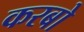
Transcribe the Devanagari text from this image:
करबो